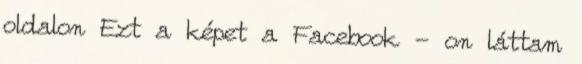
oldalon Ezt a képet a Facebook - on láttam